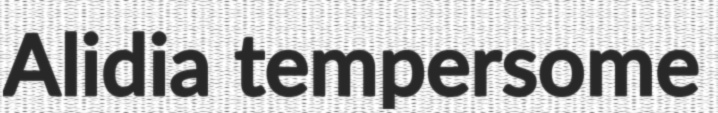
Alidia tempersome